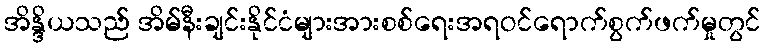
အိန္ဒိယသည် အိမ်နီးချင်းနိုင်ငံများအားစစ်ရေးအရဝင်ရောက်စွက်ဖက်မှုတွင်